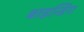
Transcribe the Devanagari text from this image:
बाइन्डिंग